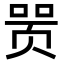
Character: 𬱞